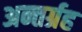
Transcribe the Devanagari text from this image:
अन्तर्ग्रह